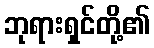
ဘုရားရှင်တို့၏